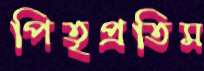
পিতৃপ্রতিম